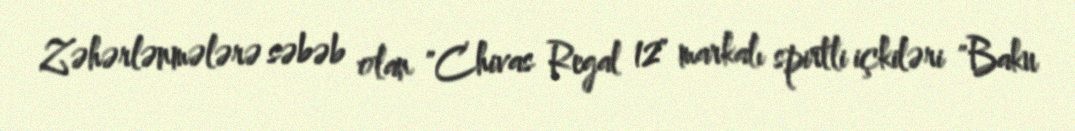
Zəhərlənmələrə səbəb olan "Chivas Regal 12" markalı spirtli içkiləri "Baku